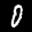
Label: 0